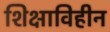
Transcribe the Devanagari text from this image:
शिक्षाविहीन